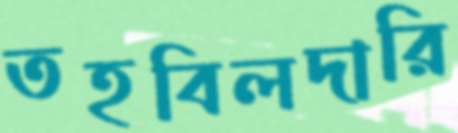
তহবিলদারি